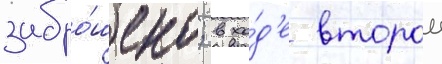
забро́шено; в хо́д'е второи